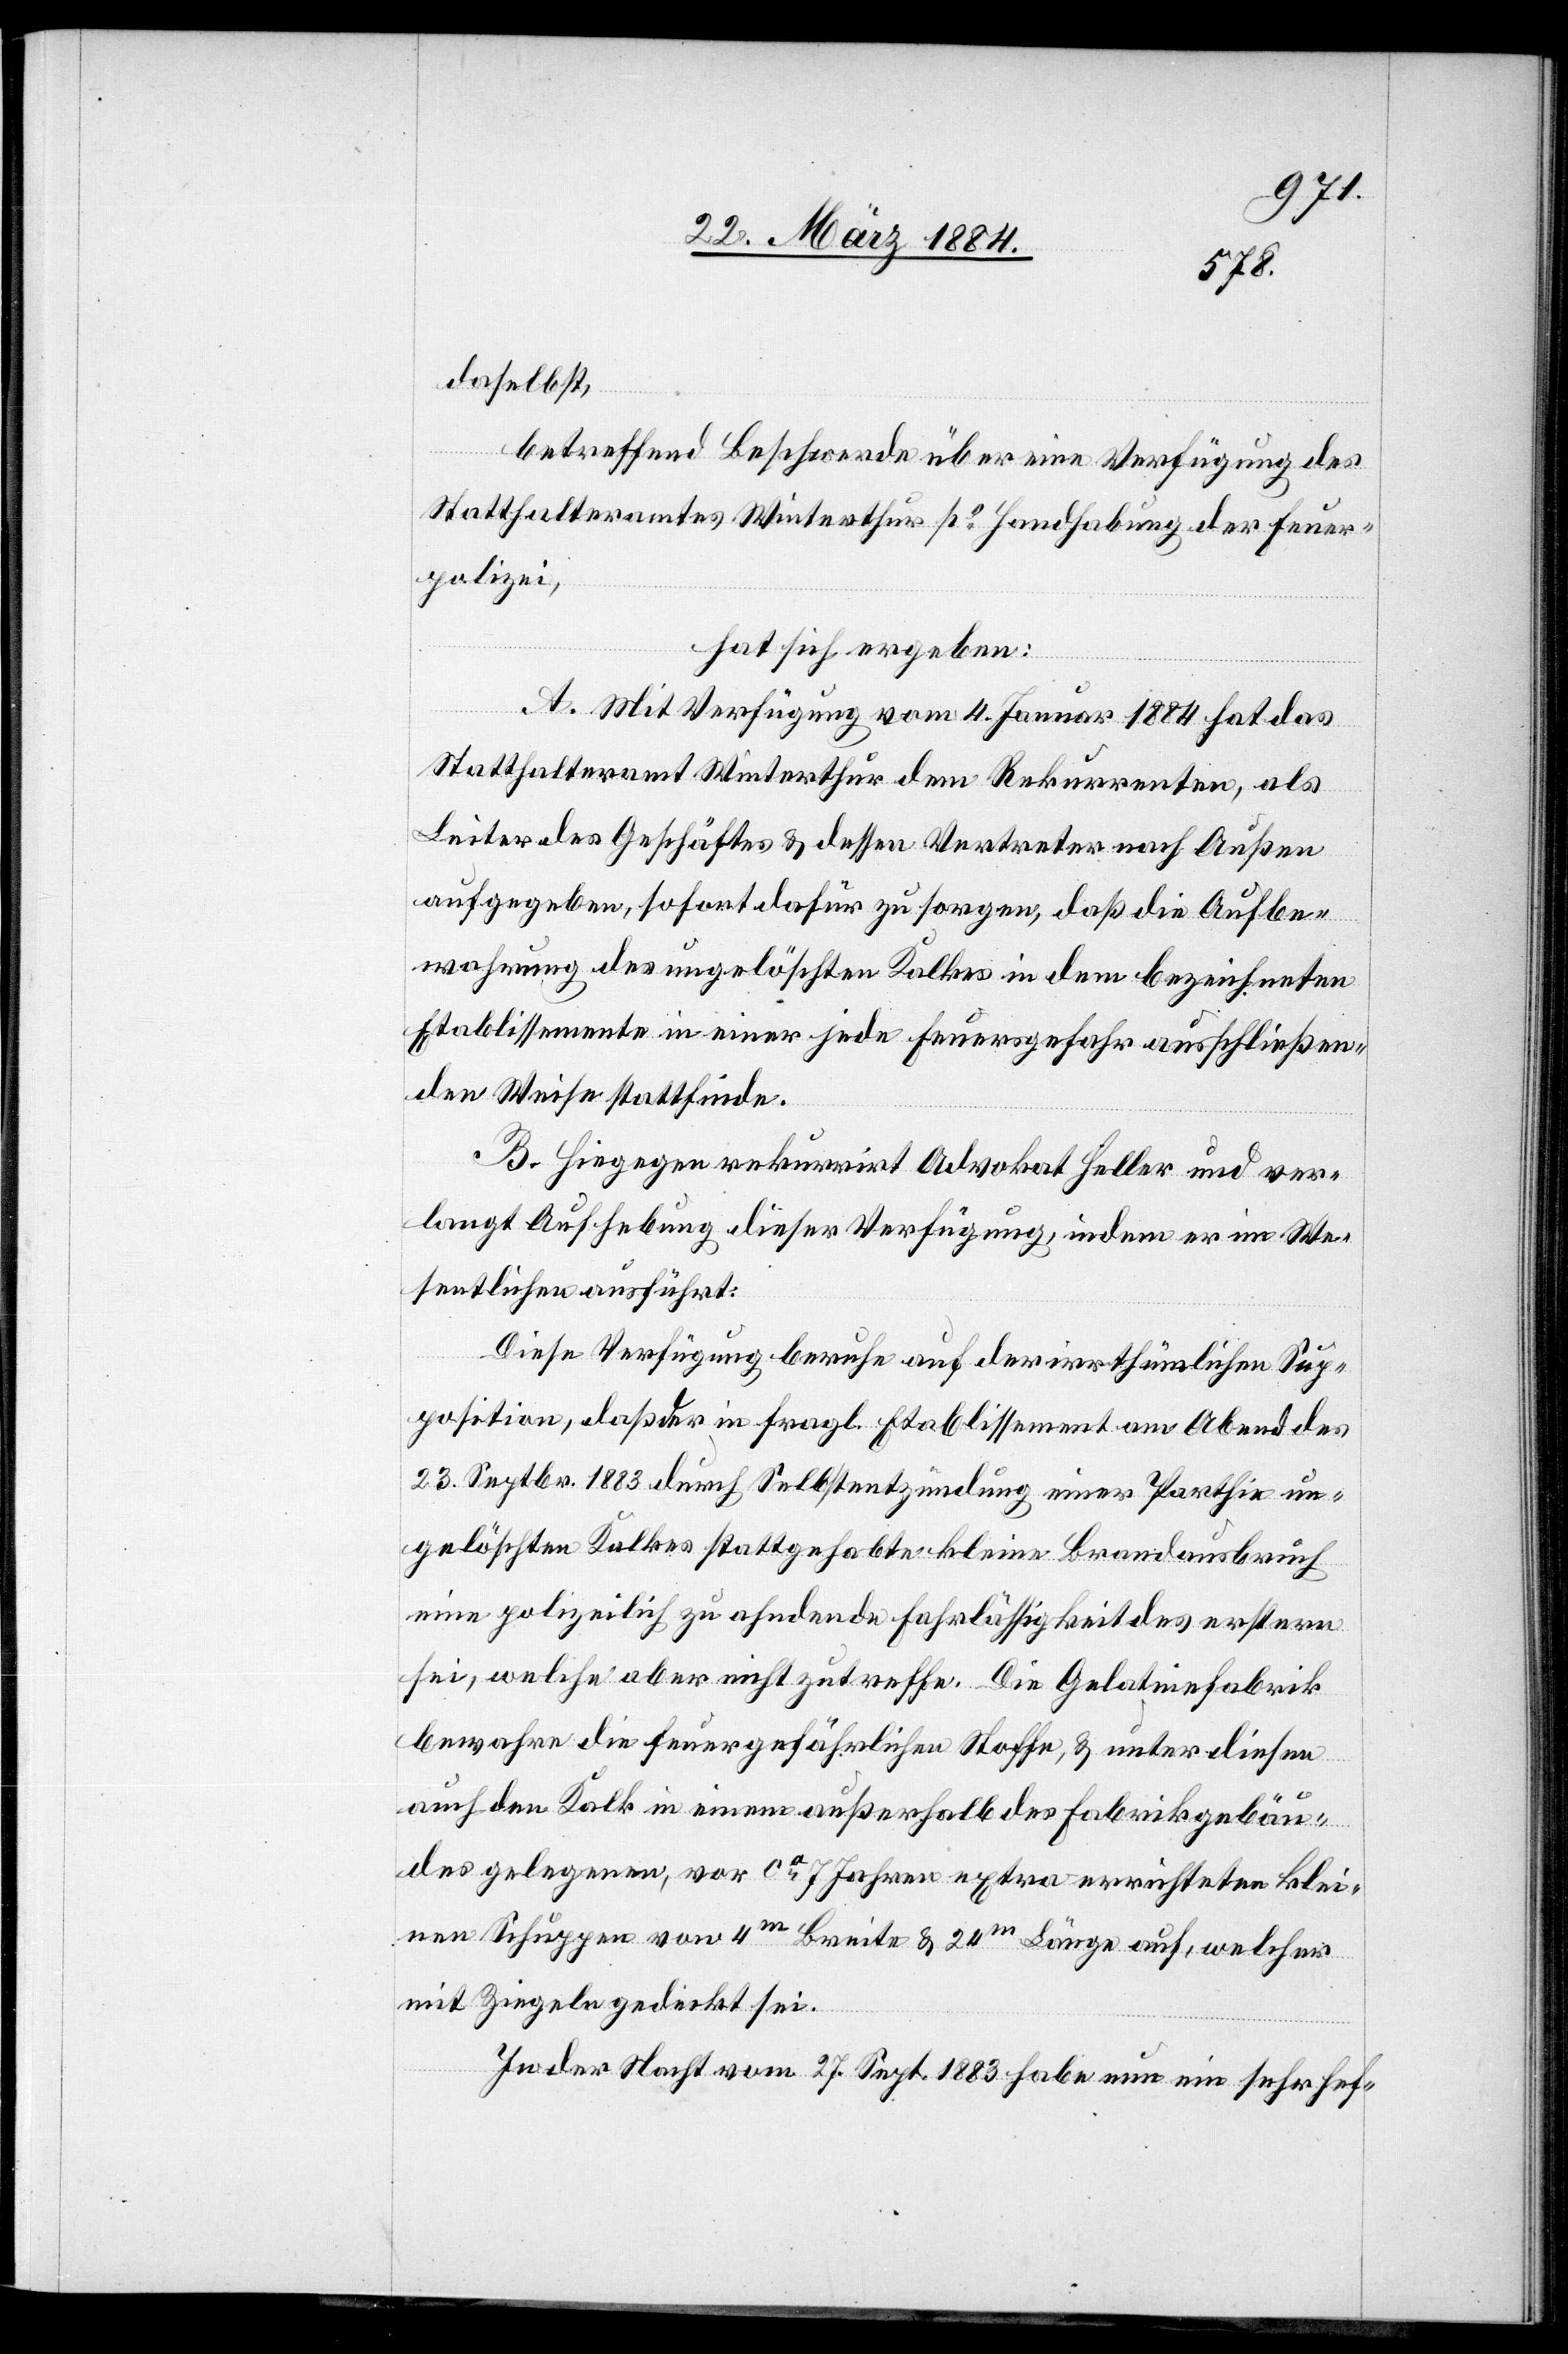
daselbst,
betreffend Beschwerde über eine Verfügung des
Statthalteramtes Winterthur po Handhabung der Feuer¬
polizei,
hat sich ergeben:
A. Mit Verfügung vom 4. Januar 1884 hat das
Statthalteramt Winterthur dem Rekurrenten, als
Leiter des Geschäftes & dessen Vertreter nach Außen
aufgegeben, sofort dafür zu sorgen, daß die Aufbe¬
wahrung des ungelöschten Kalkes in dem bezeichneten
Etablissemente in einer jede Feuergefahr ausschließen¬
den Weise stattfinde.
B. Hiegegen rekurrirt Advokat Heller und ver¬
langt Aufhebung dieser Verfügung, indem er im We¬
sentlichen ausführt:
Diese Verfügung beruhe auf der irrthümlichen Sup¬
position, daß der in fragl. Etablissement am Abend des
23. Septbr. 1883 durch Selbstentzündung einer Parthie un¬
gelöschten Kalkes stattgehabte kleine Brandausbruch
eine polizeilich zu ahndende Fahrlässigkeit des erstern
sei, welche aber nicht zutreffe. Die Gelatinefabrik
bewahre die feuergefährlichen Stoffe, & unter diesem
auch den Kalk in einem außerhalb des Fabrikgebäu¬
des gelegenen, vor ca 7 Jahren extra errichteten klei¬
nen Schuppen von 4m Breite & 24m Länge auf, welcher
mit Ziegeln gedeckt sei.
In der Nacht vom 27. Sept. 1883 habe nun ein sehr hef-